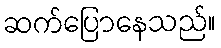
ဆက်ပြောနေသည်။